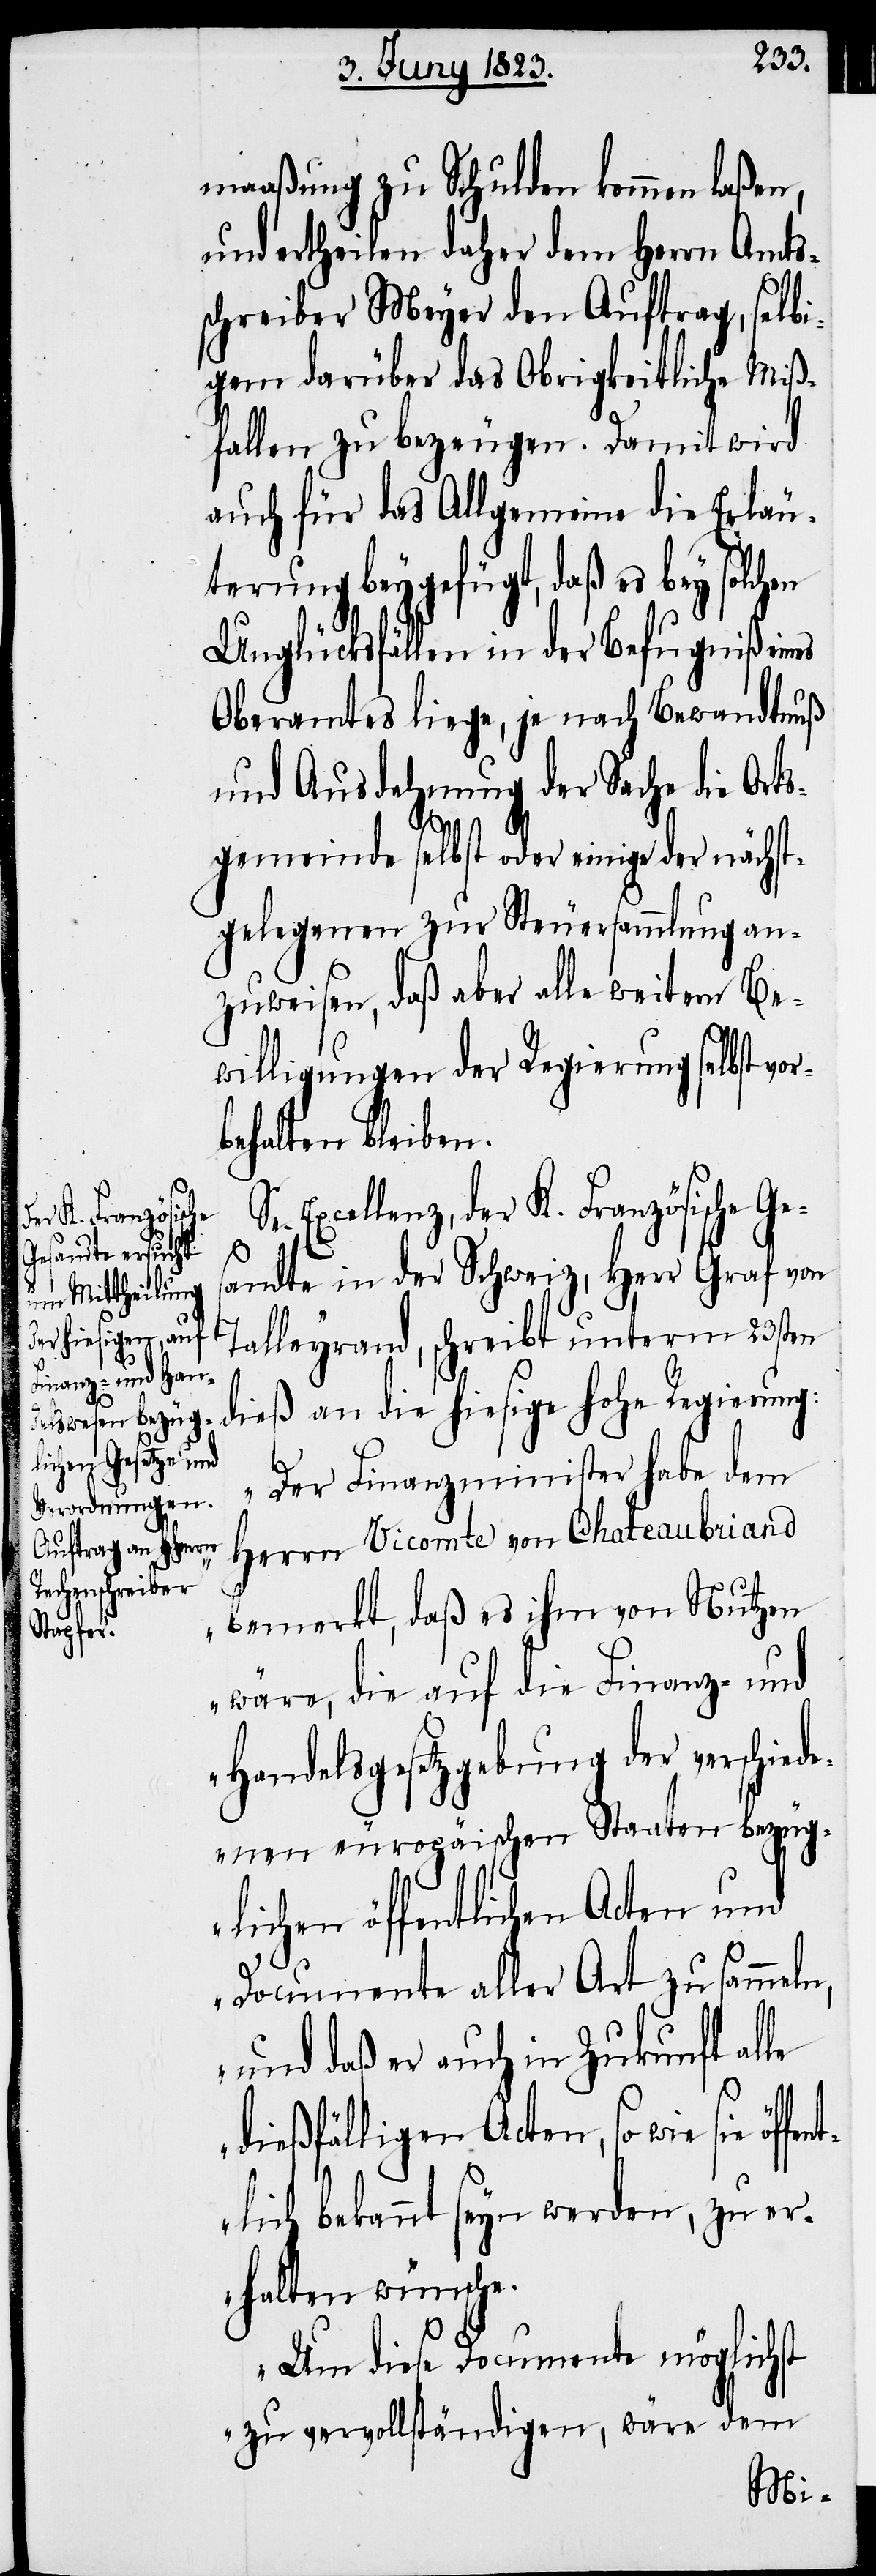
öffent¬

maaßung zu Schulden kommen laßen,
und ertheilen daher dem Herrn Amts¬
schreiber Meyer den Auftrag, selbi¬
gem darüber das Obrigkeitliche Miß¬
fallen zu bezeugen. Damit wird
auch für das Allgemeine die Erläu¬
terung beygefügt, daß es bey
Unglücksfällen in der Befugniß eines
Oberamtes liege, je nach Bewandtnuß
und Ausdehnung der Sache die Orts¬
gemeinde selbst oder einige der nächst¬
gelegenen zur Steuersammlung an¬
zuweisen, daß aber alle weitern Be¬
willigungen der Regierung selbst vor¬
behalten bleiben.
Excellenz, der K. Französische Ge¬
sandte in der Schweiz, Herr Graf von
Talleyrand, schreibt unterm 23sten
dieß an die hiesige hohe Regierung:
„Der Finanzminister habe dem
Herrn Vicomte von Chateaubriand
bemerkt, daß es ihm von Nutzen
wäre, die auf die Finanz- und
Handelsgesetzgebung der verschied¬
enen europäischen Staaten bezüg¬
lichen öffentlichen Acten und
Documente aller Art zu sammeln,
und daß er auch in Zukunft alle
dießfälligen Acten, so wie sie
lich bekannt seyn werden, zu er¬
halten wünsche.
Um diese Documente möglichst
zu vervollständigen, wäre dem